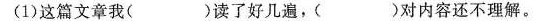
(1)这篇文章我( )读了好几遍，( )对内容还不理解。